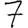
Digit: 7